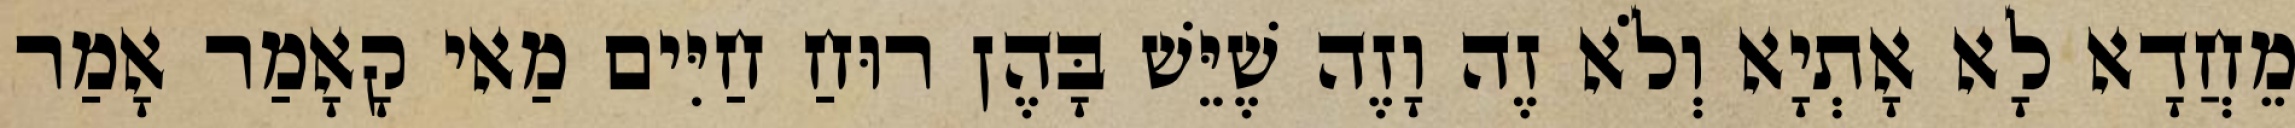
מֵחֲדָא לָא אָתְיָא וְלֹא זֶה וָזֶה שֶׁיֵּשׁ בָּהֶן רוּחַ חַיִּים מַאי קָאָמַר אָמַר